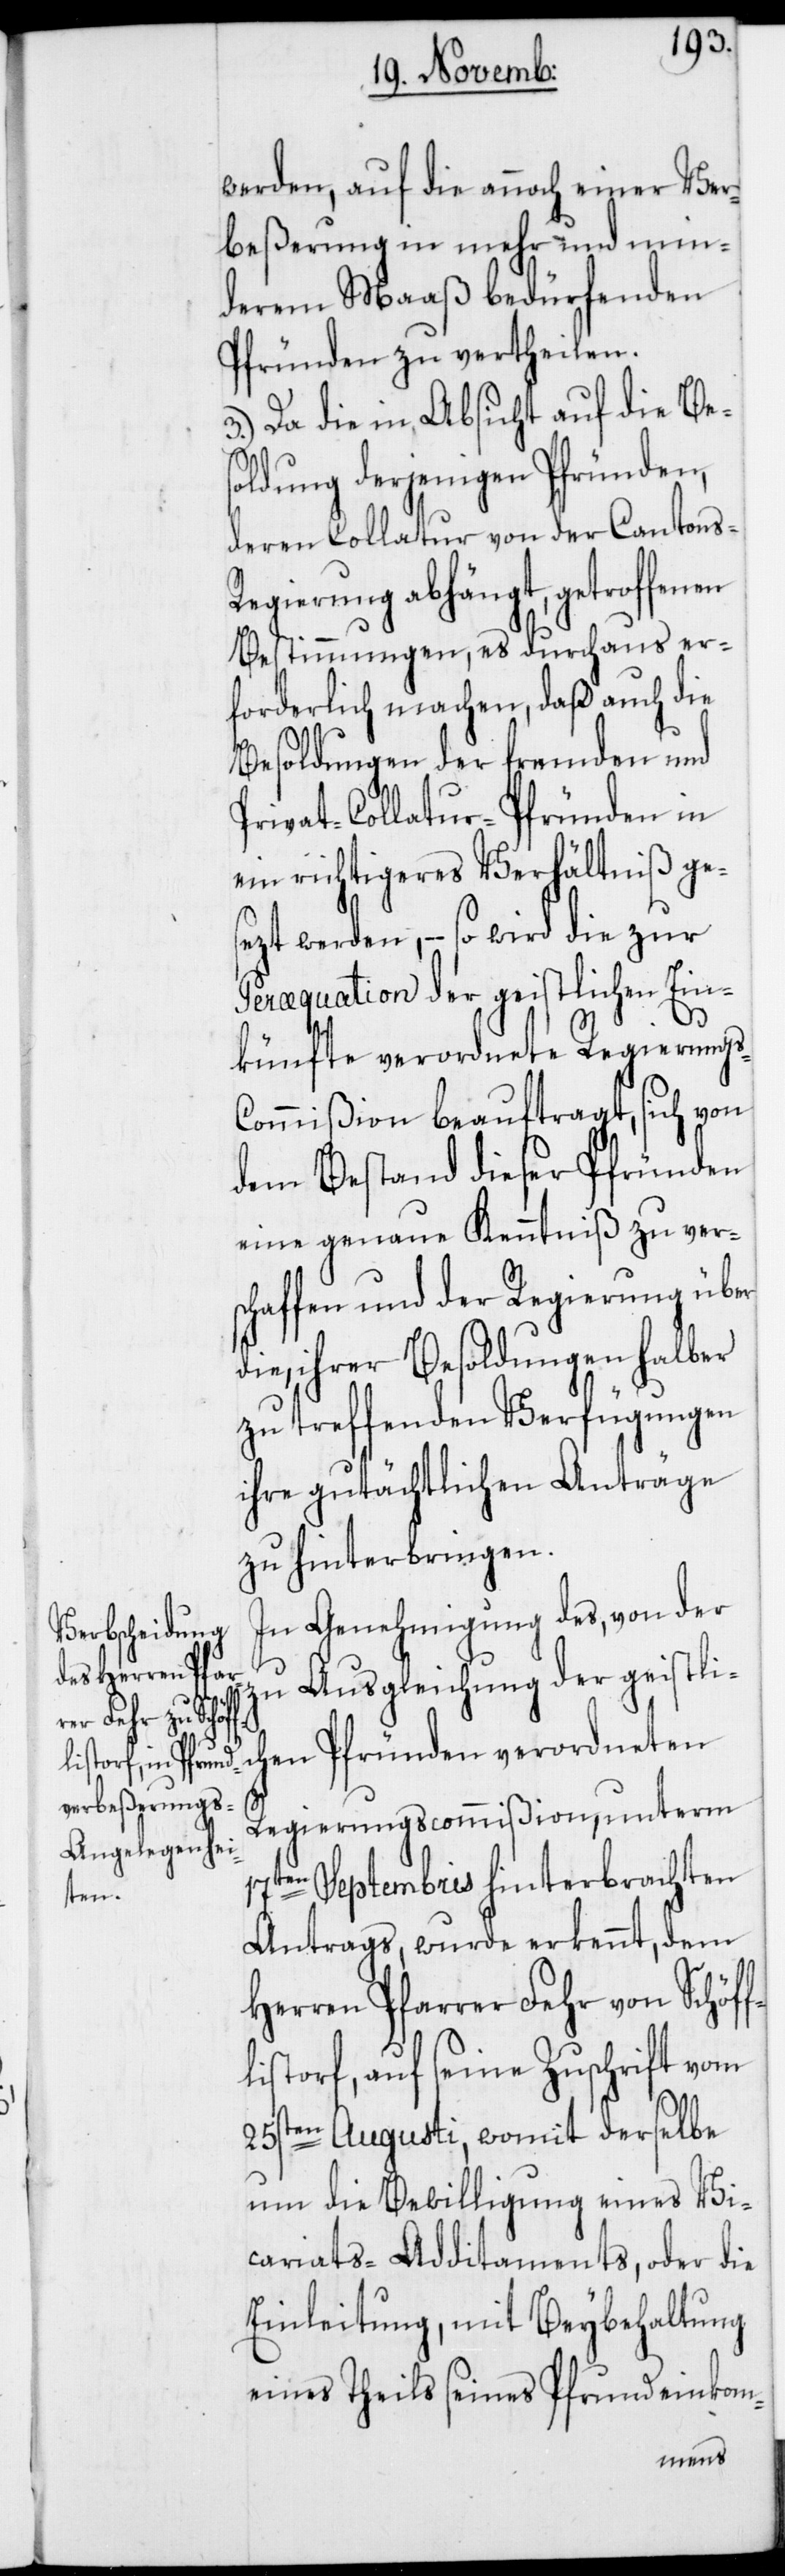
werden, auf die annoch einer Ver¬
beßerung in mehr und min¬
derem Maaß bedürfenden
Pfründen zu vertheilen.
3.) Da die in Absicht auf die Be¬
soldung derjenigen Pfründen,
deren Collatur von der Cantons-R¬
egierung abhängt, getroffenen
Bestimmungen, es durchaus er¬
forderlich machen, daß auch die
Besoldungen der fremden und
Privat-Collatur-Pfründen in
ein richtigeres Verhältniß ges¬
ezt werden, – so wird die zur
Peræquation der geistlichen Ein¬
künfte verordnete Regierungs-C¬
ommißion beauftragt, sich von
dem Bestand dieser Pfründen
eine genaue Kenntniß zu vers¬
chaffen und der Regierung über
die, ihrer Besoldungen halber
zu treffenden Verfügungen
ihre gutächtlichen Anträge
zu hinterbringen.
In Genehmigung des, von der
zu Ausgleichung der geistli¬
chen Pfründen verordneten
Regierungscommißion, unterm
17ten Septembris hinterbrachten
Antrags, wurde erkennt, dem
Herren Pfarrer Fehr von Schöff¬
listorf, auf seine Zuschrift vom
25sten Augusti, womit derselbe
um die Bewilligung eines Vi¬
cariats-Additaments, oder die
Einleitung, mit Beybehaltung
eines Theils seines Pfrundeinkom-